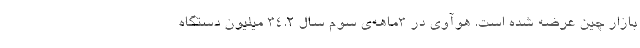
بازار چین عرضه شده است. هوآوی در ۳ماهه‌ی سوم سال ۳۴.۲ میلیون دستگاه